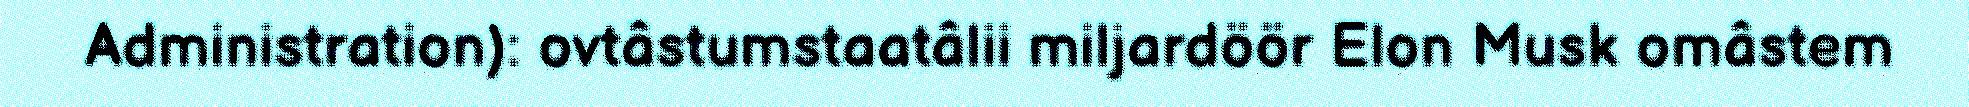
Administration): ovtâstumstaatâlii miljardöör Elon Musk omâstem